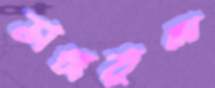
ভাঙ্গতুম